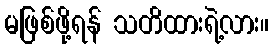
မဖြစ်ဖို့ရန် သတိထားရဲ့လား။